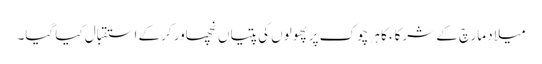
میلاد مارچ کے شرکاء کا ہر چوک پر پھولوں کی پتیاں نچھاور کرکے استقبال کیا گیا۔